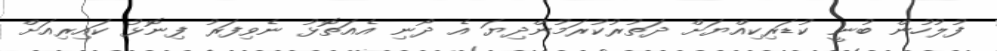
ފުލުހުން ބުނީ ކުޑަރިކިއްޔަށް ދަތުރުކުރަމުންދިޔަ އެ ދޯނި އެއަތޮޅު ނެވިފަރު ފިނޮޅު ކައިރިއަށް